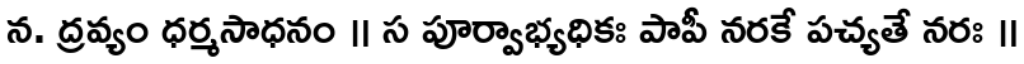
న. ద్రవ్యం ధర్మసాధనం ॥ స పూర్వాభ్యధికః పాపీ నరకే పచ్యతే నరః ॥